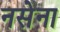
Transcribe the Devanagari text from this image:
नसेना